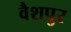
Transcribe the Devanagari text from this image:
वैशपुर